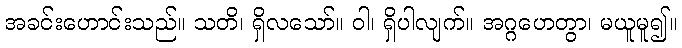
အခင်းဟောင်းသည်။ သတိ၊ ရှိလသော်။ ဝါ၊ ရှိပါလျက်။ အဂ္ဂဟေတွာ၊ မယူမူ၍။